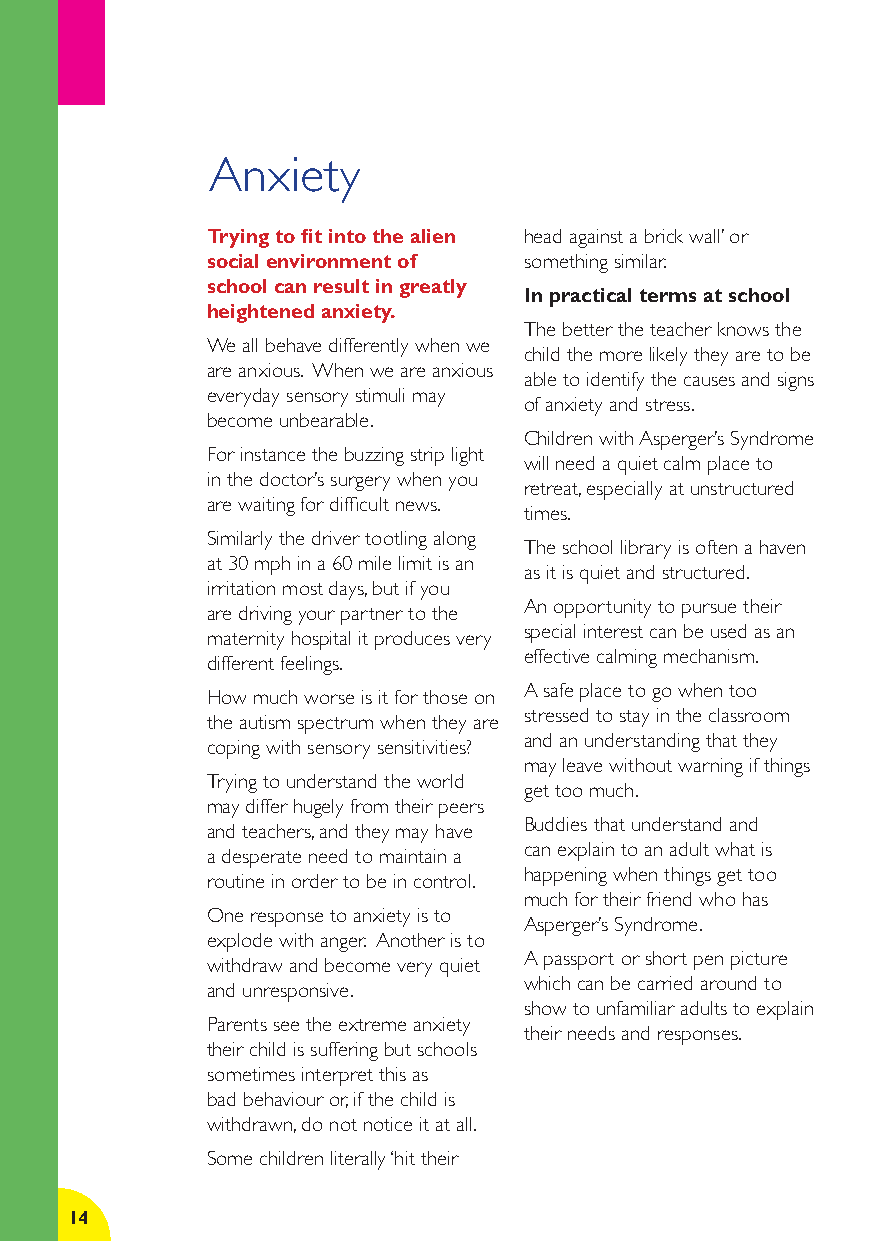
Anxiety
 Trying to fi t into the alien head against a brick wall’ or
 social environment of something similar.
 school can result in greatly
 In practical terms at school
 heightened anxiety.
 The better the teacher knows the
 We all behave differently when we
 child the more likely they are to be
 are anxious. When we are anxious
 able to identify the causes and signs
 everyday sensory stimuli may
 of anxiety and stress.
 become unbearable.
 Children with Asperger’s Syndrome
 For instance the buzzing strip light
 will need a quiet calm place to
 in the doctor’s surgery when you
 retreat, especially at unstructured
 are waiting for diffi cult news.
 times.
 Similarly the driver tootling along
 The school library is often a haven
 at 30 mph in a 60 mile limit is an
 as it is quiet and structured.
 irritation most days, but if you
 An opportunity to pursue their
 are driving your partner to the
 special interest can be used as an
 maternity hospital it produces very
 effective calming mechanism.
 different feelings.
 A safe place to go when too
 How much worse is it for those on
 stressed to stay in the classroom
 the autism spectrum when they are
 and an understanding that they
 coping with sensory sensitivities?
 may leave without warning if things
 Trying to understand the world
 get too much.
 may differ hugely from their peers
 Buddies that understand and
 and teachers, and they may have
 can explain to an adult what is
 a desperate need to maintain a
 happening when things get too
 routine in order to be in control.
 much for their friend who has
 One response to anxiety is to
 Asperger’s Syndrome.
 explode with anger. Another is to
 A passport or short pen picture
 withdraw and become very quiet
 which can be carried around to
 and unresponsive.
 show to unfamiliar adults to explain
 Parents see the extreme anxiety
 their needs and responses.
 their child is suffering but schools
 sometimes interpret this as
 bad behaviour or, if the child is
 withdrawn, do not notice it at all.
 Some children literally ‘hit their
 14